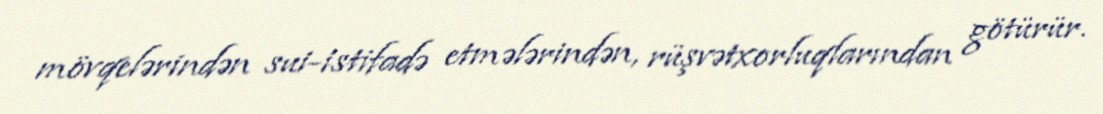
mövqelərindən sui-istifadə etmələrindən, rüşvətxorluqlarından götürür.